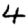
Digit: 4